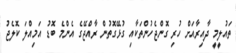
ތައުލީމީ ދާއިރާއަށް ހުރި ގޮންޖެހުންތަކާއި ގުޅޭގޮތުން ރާއްޖޭގެ އެންމެ ބޮޑު އަމިއްލަ ކޮލެޖު